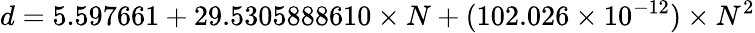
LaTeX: d=5.597661+29.5305888610\times N+(102.026\times 10^{-12})\times N^{2}